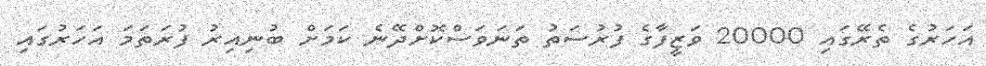
އަހަރުގެ ތެރޭގައި 20000 ވަޒީފާގެ ފުރުސަތު ތަނަވަސްކޮށްދޭނެ ކަމަށް ބުނިއިރު ފުރަތަމަ އަހަރުގައި